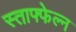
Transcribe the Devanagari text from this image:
स्ताफ्फेल्न